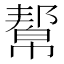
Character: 幚